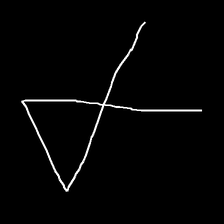
Glyph: collection